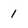
Character: 1